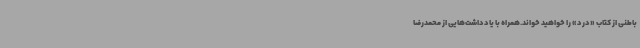
باطنی از کتاب «درد» را خواهید خواند.همراه با یادداشت‌هایی از محمدرضا